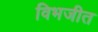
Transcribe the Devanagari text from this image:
विभजीत